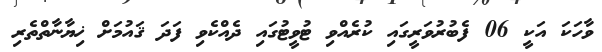
ވާހަކަ އަކީ 06 ފެބުރުވަރީގައި ކުރެއްވި ޓުވީޓުގައި ދެއްކެވި ފަދަ ޤައުމަށް ޚިޔާނާތްތެރި